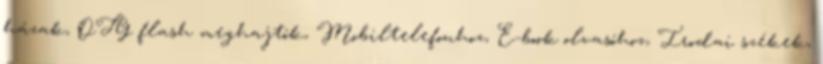
házak, OTG flash meghajtók, Mobiltelefonhoz, E-book olvasóhoz, Irodai székek,